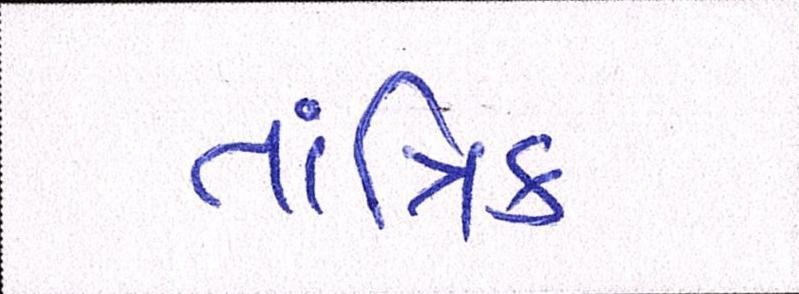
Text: તાંત્રિક